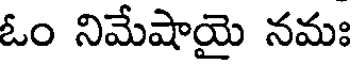
ఓం నిమేషాయై నమః